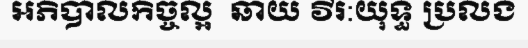
អភិបាលកិច្ចល្អ  ឆាយ វីរ:យុទ្ធ ប្រលង